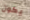
يكون